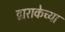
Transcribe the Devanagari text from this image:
द्वाराकेच्या